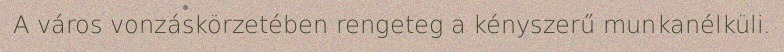
A város vonzáskörzetében rengeteg a kényszerű munkanélküli.